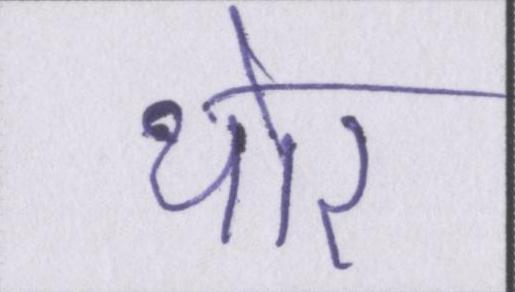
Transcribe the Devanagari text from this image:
थोर